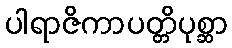
ပါရာဇိကာပတ္တိပုစ္ဆာ